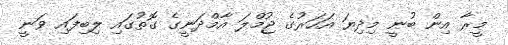
މީރާ އިން ބުނީ މިދިޔަ އަހަރުގެ ޖުމްލަ އާމްދަނީގެ ގޮތުގައި ލިބިފައި ވަނީ